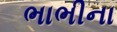
ભાભીના